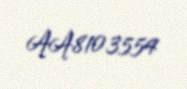
AA8103554